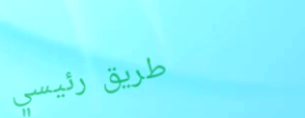
طريق رئيسي